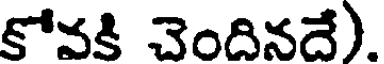
కోవకి చెందినదే).